65_HS1-834228961_62-HQ-83894_Section_6
Agency: FBI
Page 89
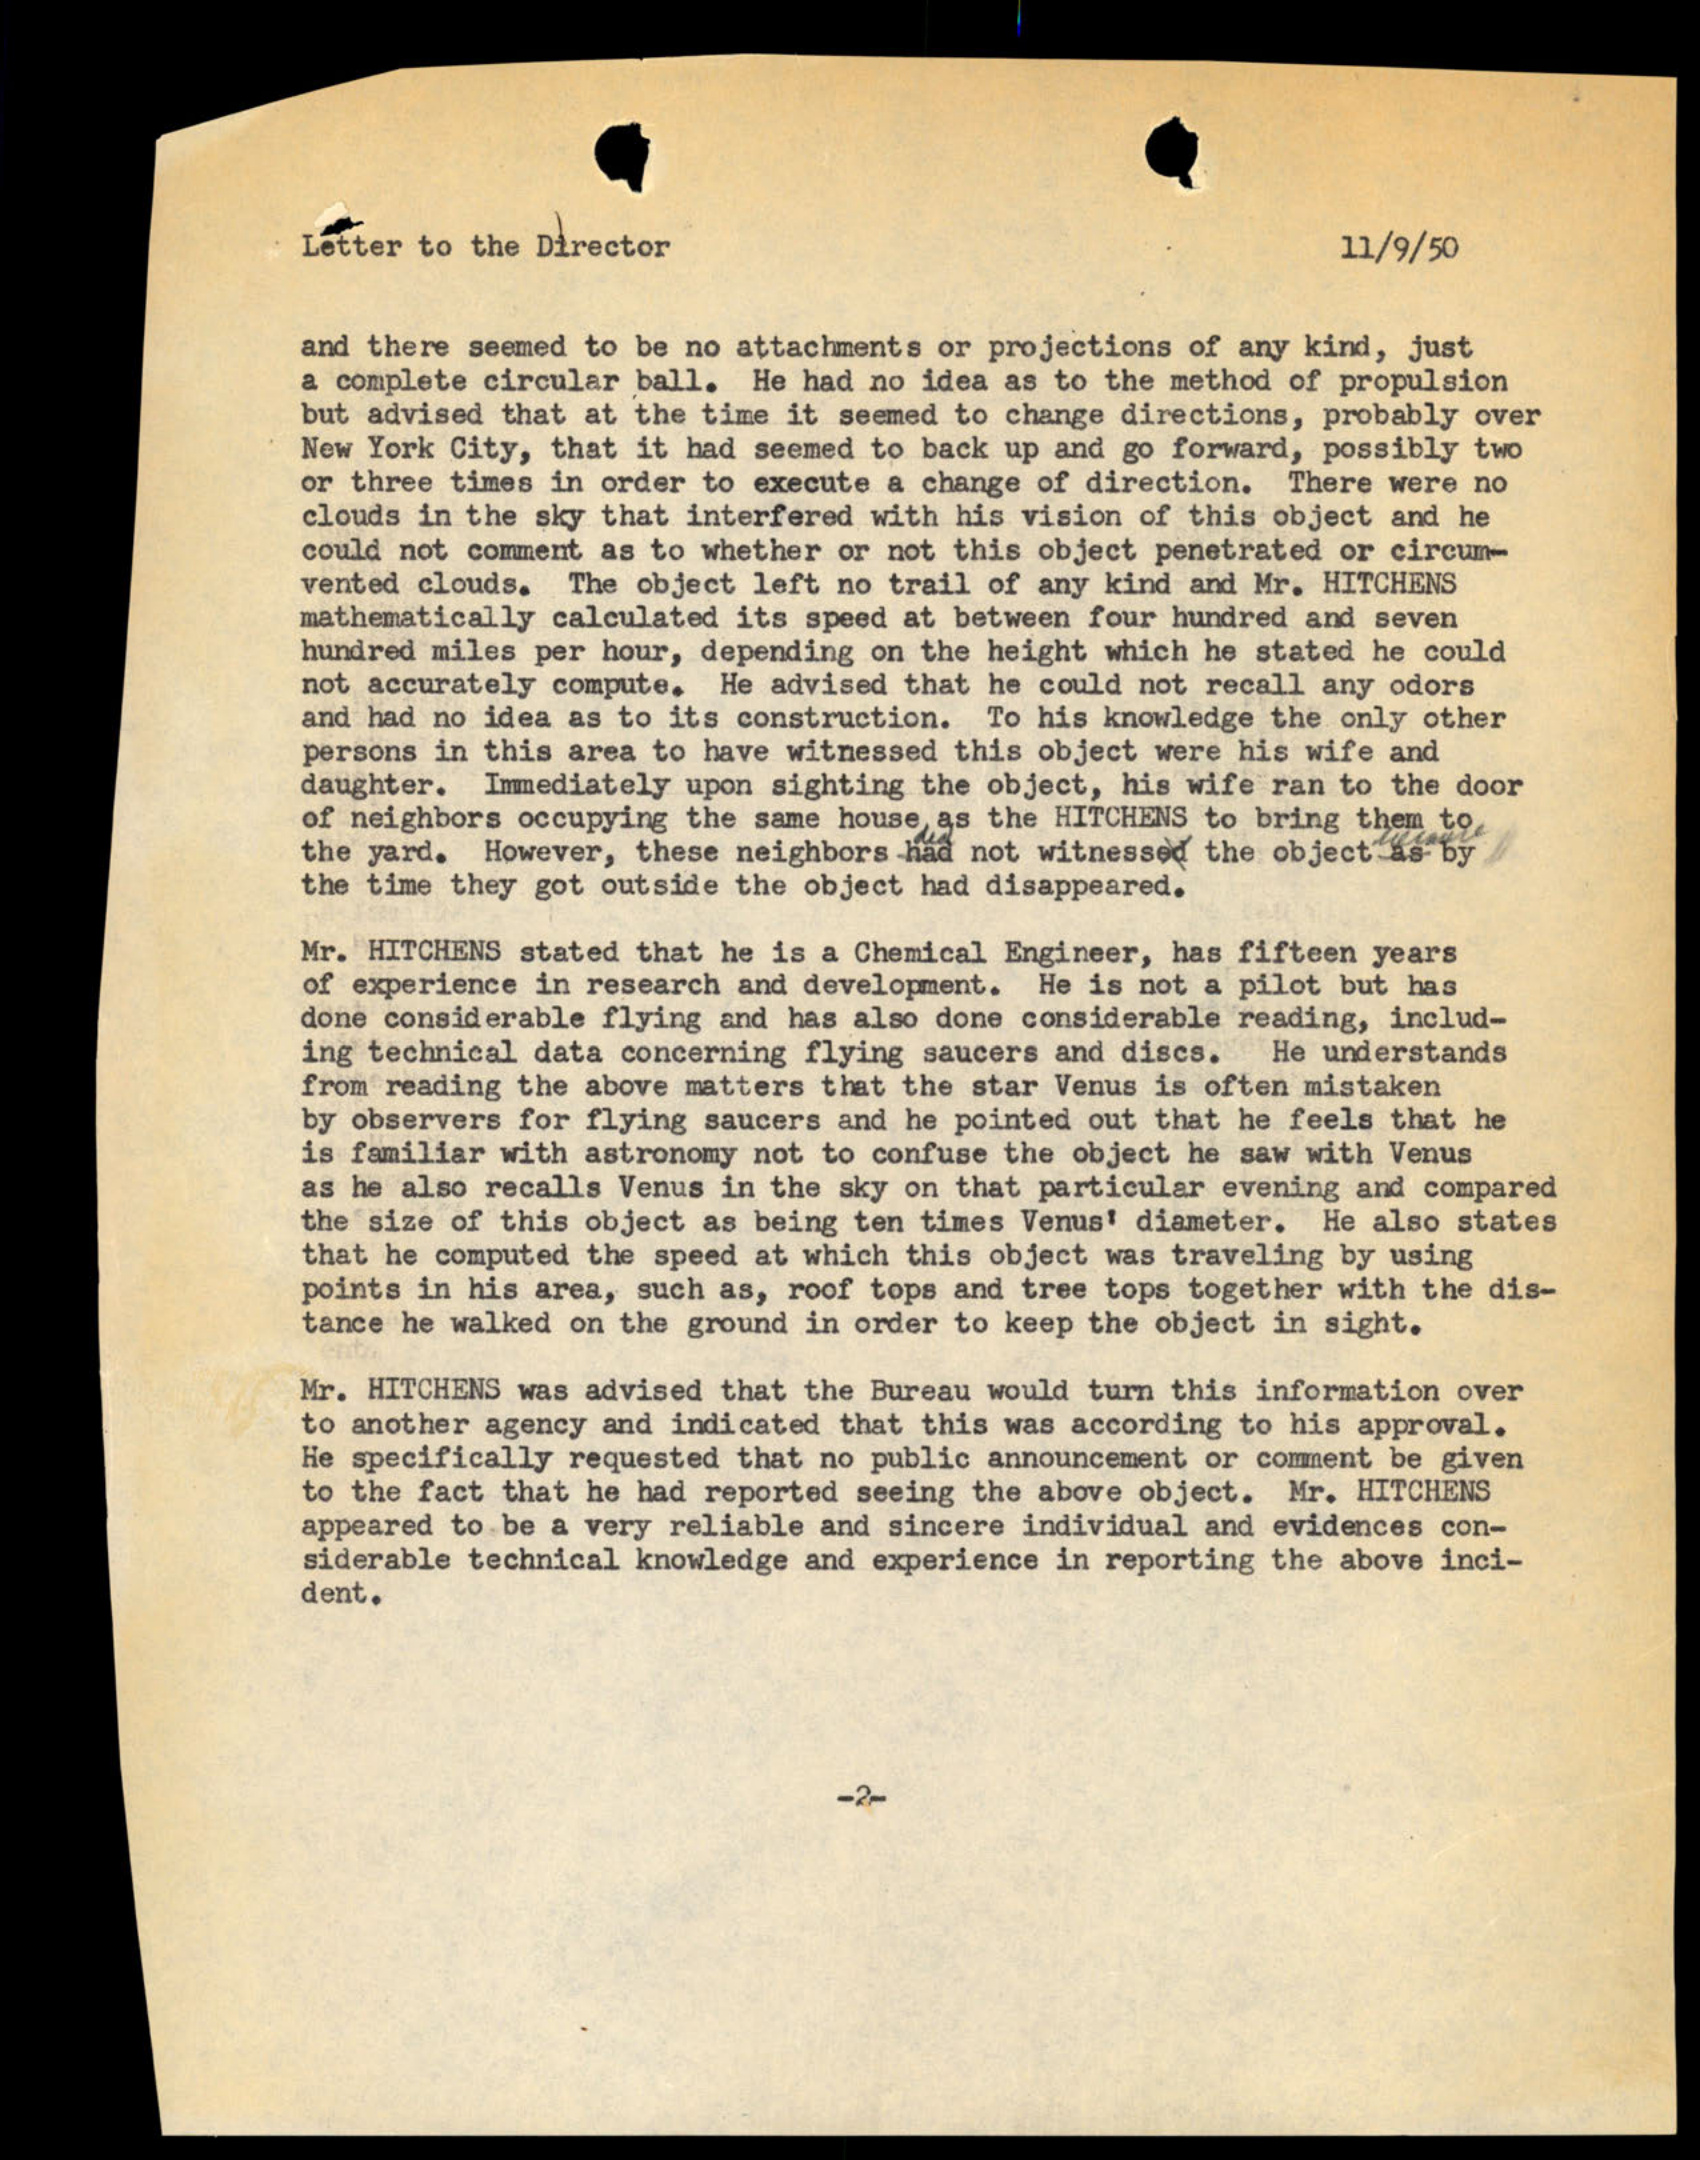